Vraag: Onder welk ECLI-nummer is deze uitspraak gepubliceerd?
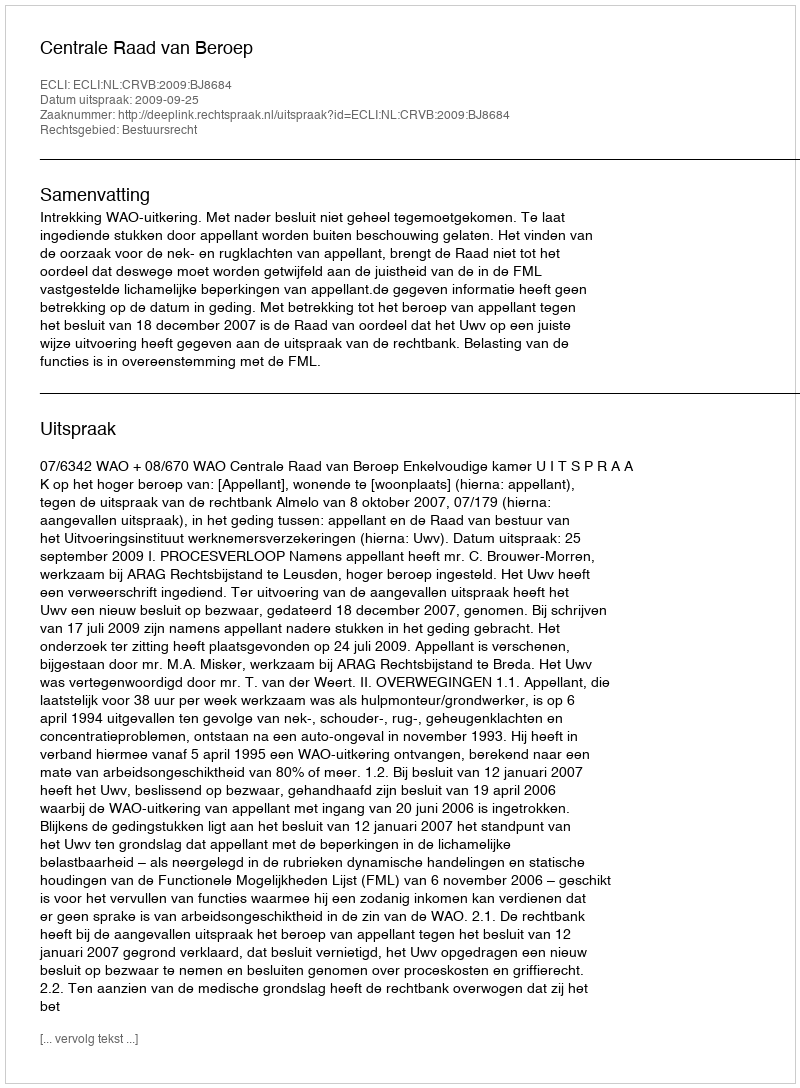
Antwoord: ECLI:NL:CRVB:2009:BJ8684